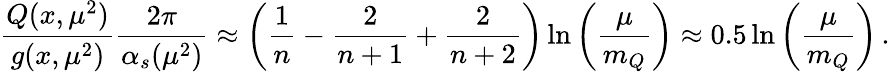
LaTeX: \frac{Q(x,\mu^{2})}{g(x,\mu^{2})}\frac{2\pi}{\alpha_{s}(\mu^{2})}\approx\left(\frac{1}{n}-\frac{2}{n+1}+\frac{2}{n+2}\right)\ln\left(\frac{\mu}{m_{Q}}\right)\approx 0.5\ln\left(\frac{\mu}{m_{Q}}\right)\, .